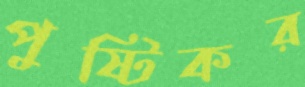
পুষ্টিকর